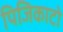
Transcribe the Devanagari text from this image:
पिजिकाटो